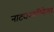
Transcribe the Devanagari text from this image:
नाट्यअभिनेत्या